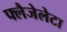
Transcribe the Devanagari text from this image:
फ्लैजेलेटा